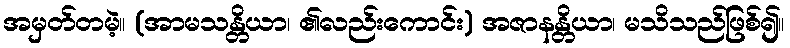
အမှတ်တမဲ့။ (အာမသန္တိယာ၊ ၏လည်းကောင်း) အဇာနန္တိယာ၊ မသိသည်ဖြစ်၍။